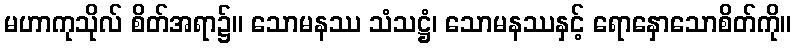
မဟာကုသိုလ် စိတ်အရာ၌။ သောမနဿ သံသဋ္ဌံ၊ သောမနဿနှင့် ရောနှောသောစိတ်ကို။